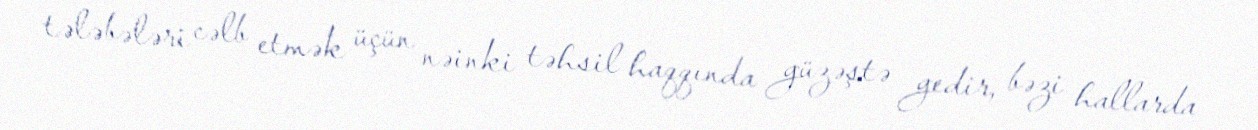
tələbələri cəlb etmək üçün nəinki təhsil haqqında güzəştə gedir, bəzi hallarda